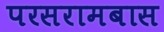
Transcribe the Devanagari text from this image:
परसरामबास